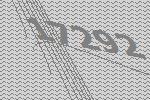
17292